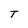
Character: T